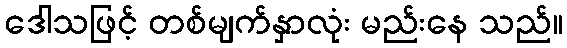
ဒေါသဖြင့် တစ်မျက်နှာလုံး မည်းနေ သည်။